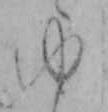
ゆ